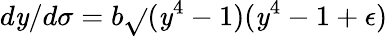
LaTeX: d\mathit{y}/d\sigma=b\sqrt{}{{(\mathit{y}^{4}-1)(\mathit{y}^{4}-1+\epsilon)}}